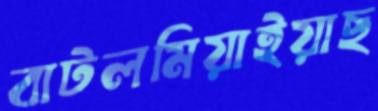
বাটলমিয়াইয়াছ